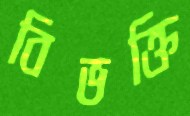
বিভক্তি